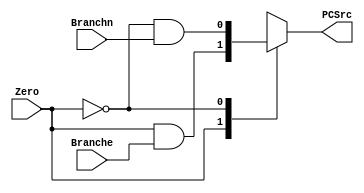

// Branch control unit

module branchcontrol(Branche,Branchn,Zero,PCSrc);

	input Branche,Branchn,Zero;
	output reg PCSrc;
	
	parameter One =1'b1;		// output 1 (the original two inputs are equal)
	parameter Zro =1'b0;		// output 0 (the original two inputs are not equal)
	
	
	always@(*)
	case(Zero)
		One:
		begin
			PCSrc= Zero & Branche; // if Branch signal is asserted Beq is executed
		
		end
		
		Zro:
		begin
			PCSrc= ~Zero & Branchn; //if Branch signal is asserted Bne is executed
		
		end
	
	endcase
	
endmodule